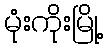
မုံးကိုးမြို့